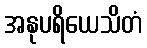
အနုပရိယေသိတံ